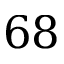
6 8